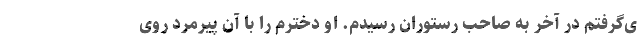
ی‌گرفتم در آخر به صاحب رستوران رسیدم. او دخترم را با آن پیرمرد روی